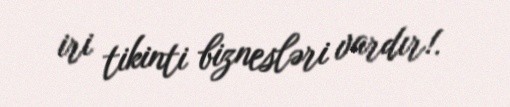
iri tikinti biznesləri vardır!.